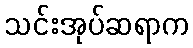
သင်းအုပ်ဆရာက